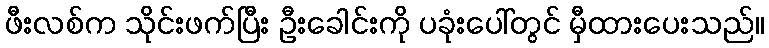
ဖီးလစ်က သိုင်းဖက်ပြီး ဦးခေါင်းကို ပခုံးပေါ်တွင် မှီထားပေးသည်။